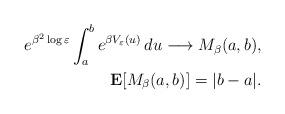
LaTeX: \begin{align*}e^{\beta^2\log\varepsilon}\int_a^b e^{\beta V_{\varepsilon}(u)} \, du\longrightarrow M_{\beta}(a, b), \\ {\bf{E}}[M_{\beta}(a, b)]=|b-a|.\end{align*}